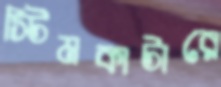
স্টিমকাটারে